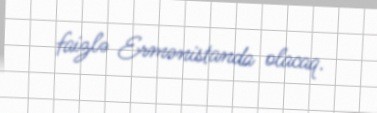
faizlə Ermənistanda olacaq.